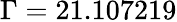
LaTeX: \Gamma=21.107219